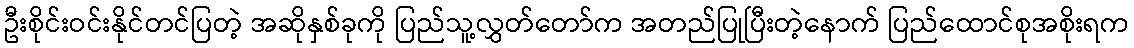
ဦးစိုင်းဝင်းနိုင်တင်ပြတဲ့ အဆိုနှစ်ခုကို ပြည်သူ့လွှတ်တော်က အတည်ပြုပြီးတဲ့နောက် ပြည်ထောင်စုအစိုးရက